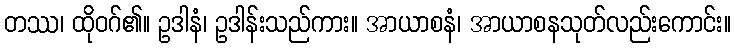
တဿ၊ ထိုဝဂ်၏။ ဥဒါနံ၊ ဥဒါန်းသည်ကား။ အာယာစနံ၊ အာယာစနသုတ်လည်းကောင်း။